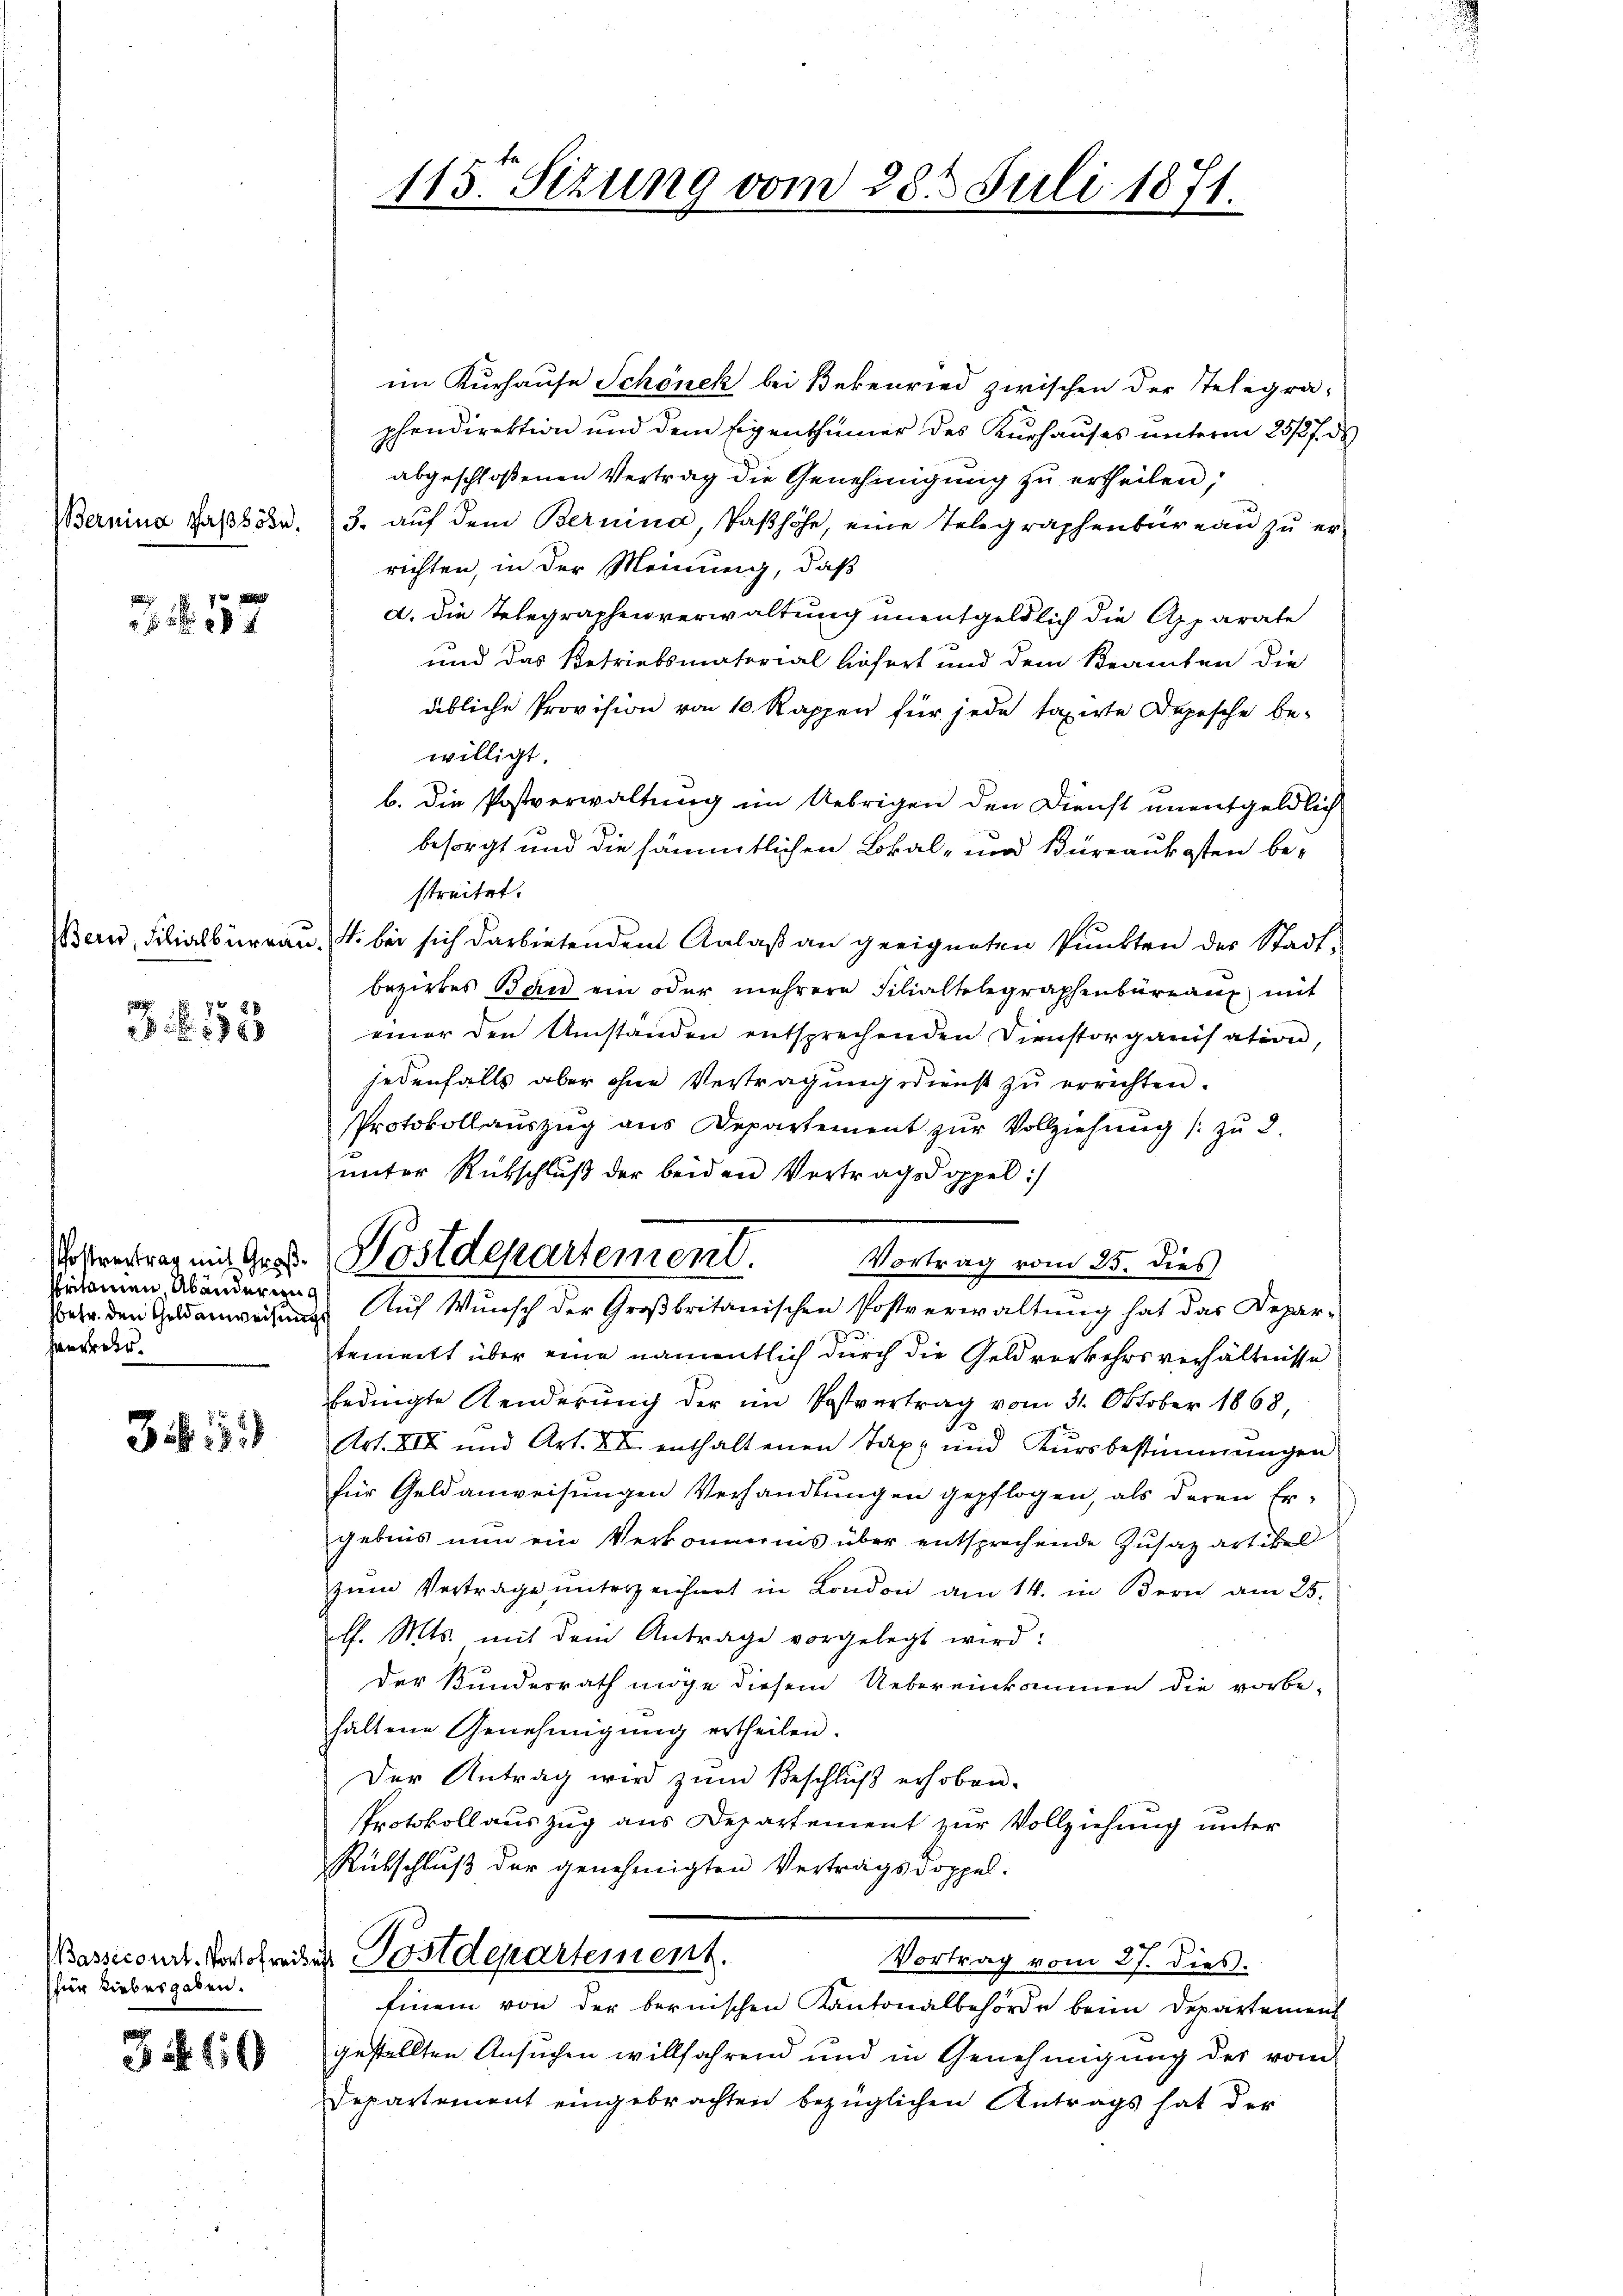
. . 57

p
 198

Pritainen, Abänderung
Hauser.

35)

(für Liebesgaben.

J S. 110

im Kurhause Schönek bei Bekenried zwischen der Telegra-
phendirektion und dem Eigenthümer des Kurhauses unterm 2518 f. ds
abgeschloßenen Vertrag die Genehmigung zu ertheilen;
Bernina Jasshöhe, 3. auf dem Bernina, Passhöhe, eine Telegraphenbureau zu er-
richten, in der Meinung, daß
a. Die Telegraphenverwaltung unentgeldlich die Apparate
und das Betriebsmaterial höfert und dem Beamten die
übliche Provision von 10 Rappen für jede taxirte Depesche bewilligt.
b. Die Postverwaltung im Uebrigen den Dienst unentgeldlich
besorgt und die sämmtlichen Lokal- und Büreaukosten bestreitet.
Bern, Filialbüreau. 4. bei sich darbietenden Anlaß an geeigneten Punkten der Stadtbezirkes Bau ein oder mehrere Filialtelegraphenbüreaux mit
einer den Umstanden entsprechenden Dienstorganisation,
jedenfalls aber ohne Vertragung dienst zŭ errichten.
Protokollauszug aus Departement zur Vollziehung /: zu 2.
ŭnter Rückschlŭβ der beiden Vertragsdoppel:/
tement über eine namentlich durch die Geldvorkehrsverhältnisse
bedingte Aenderŭng der im Postvertrag vom 31. Oktober 1868,
Art. XII und Art. XI. enthaltenen Tax und Kursbestimmungen
für Geldanweisungen Verhandlungen gepflogen, als deren Er-
gebnis nun ein Verkommnis über entsprechende Zusatzartikel
zŭm Vertrage unterzeichnet in London am 14. in Bern am 25.
l. Mts. mit dem Antrage vorgelegt wird:
der Bundesrath möge diesem Uebereinkommen die vorbe-
haltene Genehmigŭng ertheilen.
Der Antrag wird zum Beschluß erhoben.
Protokoll auszug aus Departement zur Vollziehung unter
Rükschluß der genehmigten Vertragsdoppel.
Wasseront. Verschreises Postdepartement.
Vortrag vom 27. dies:
Einem von der bernischen Kantonalbehörde beim Departement
gestellten Ansuchen willfahrend und in Genehmigung des vom
Departement eingebrachten bezüglichen Antrags hat der

115. Sizung vom 28. Juli 1871.

Vobertrag mit des Postdepartement. Vortrag vom 25. dies
Vetr. den Geldanweisungs Auf Wunsch der Großbritanischen Postverwaltung hat das Depar¬